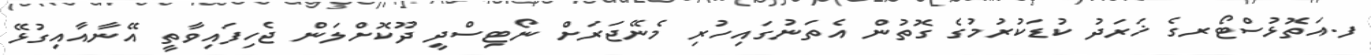
ފ.އަތޮޅުސްޓޯރގެ ޚަރަދު ކުޑަކުރުމުގެ ގޮތުން އެތަނުގައިހުރި މެނޭޖަރަށް ނޯޓިސްދީ ދޫކޮށްލަން ޖެހިފައިވާތީ އޭނާއާއިގުޅޭ